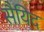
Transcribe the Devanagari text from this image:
सैयिद